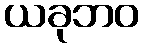
ယခုဘဝ